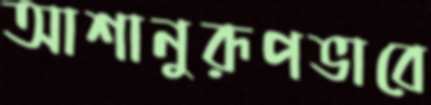
আশানুরূপভাবে